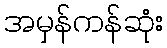
အမှန်ကန်ဆုံး